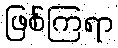
ဖြစ်ကြရာ